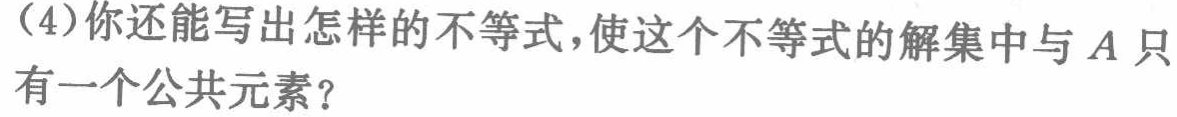
(4)你还能写出怎样的不等式，使这个不等式的解集中与\(A\)只有一个公共元素？